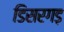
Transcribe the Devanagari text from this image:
डिसरगड़